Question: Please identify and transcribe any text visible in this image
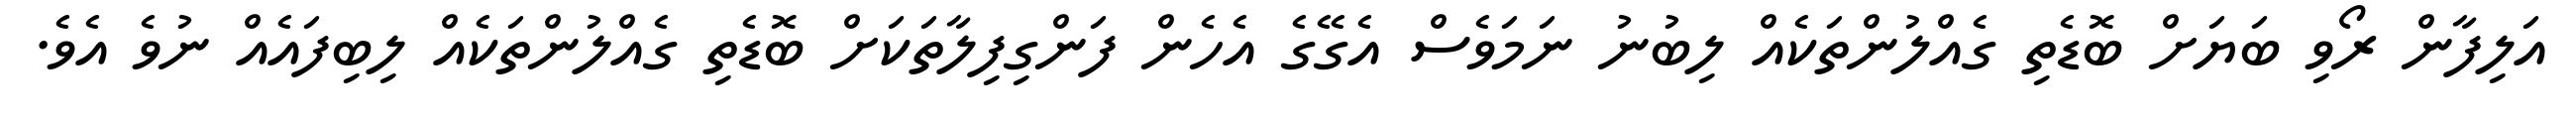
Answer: އަލިފާން ރޯވި ބަޔަށް ބޮޑެތި ގެއްލުންތަކެއް ލިބުނު ނަމަވެސް އެގޭގެ އެހެން ފަންގިފިލާތަކަށް ބޮޑެތި ގެއްލުންތަކެއް ލިބިފައެއް ނުވެ އެވެ.